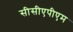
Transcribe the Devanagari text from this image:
सीसीएपीएम